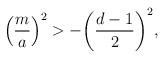
LaTeX: \begin{align*}\left( {m \over a}\right)^2 > -\biggl({d-1 \over 2}\biggr)^2,\end{align*}